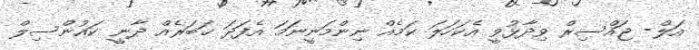
އަލް- ޖައްސިރް ވިދާޅުވީ އެކަހަލަ ކަމެއް ނިންމަނީނަމަ އެފަދަ ޚަބަރެއް ދާނީ ކައުންސިލް